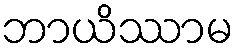
ဘာယိဿာမ